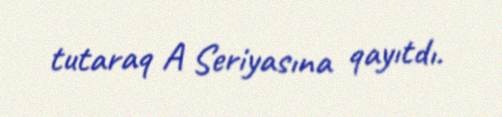
tutaraq A Seriyasına qayıtdı.